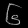
Digit: ၆